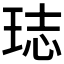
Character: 𤥴